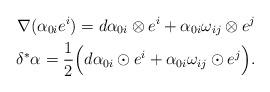
LaTeX: \begin{align*}\nabla(\alpha_{0i}e^{i})=d\alpha_{0i}\otimes e^{i}+\alpha_{0i}\omega_{ij}\otimes e^{j}\\\delta^{\ast}\alpha=\frac{1}{2} \Big( d\alpha_{0i}\odot e^{i} +\alpha_{0i}\omega_{ij}\odot e^{j}\Big).\end{align*}